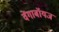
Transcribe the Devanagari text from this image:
वेंगाबॉयज